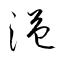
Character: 溢